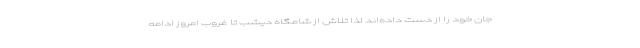
جان خود را از دست داده‌اند لذا تلاش از شامگاه دیشب تا غروب امروز ادامه